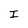
Character: I